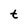
Character: t